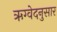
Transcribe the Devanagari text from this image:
ऋग्वेदनुसार